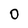
Character: 0